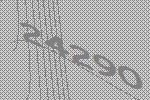
24290